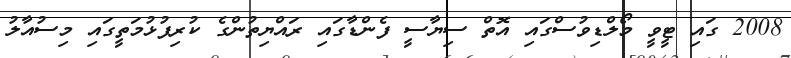
2008 ގައި ޓީވީ މޯލްޑިވުސްގައި އޮތް ސިޔާސީ ފެންޑާގައި ރައްޔިތުންގެ ކުރިފުޅުމަތީގައި މިސުއާލު